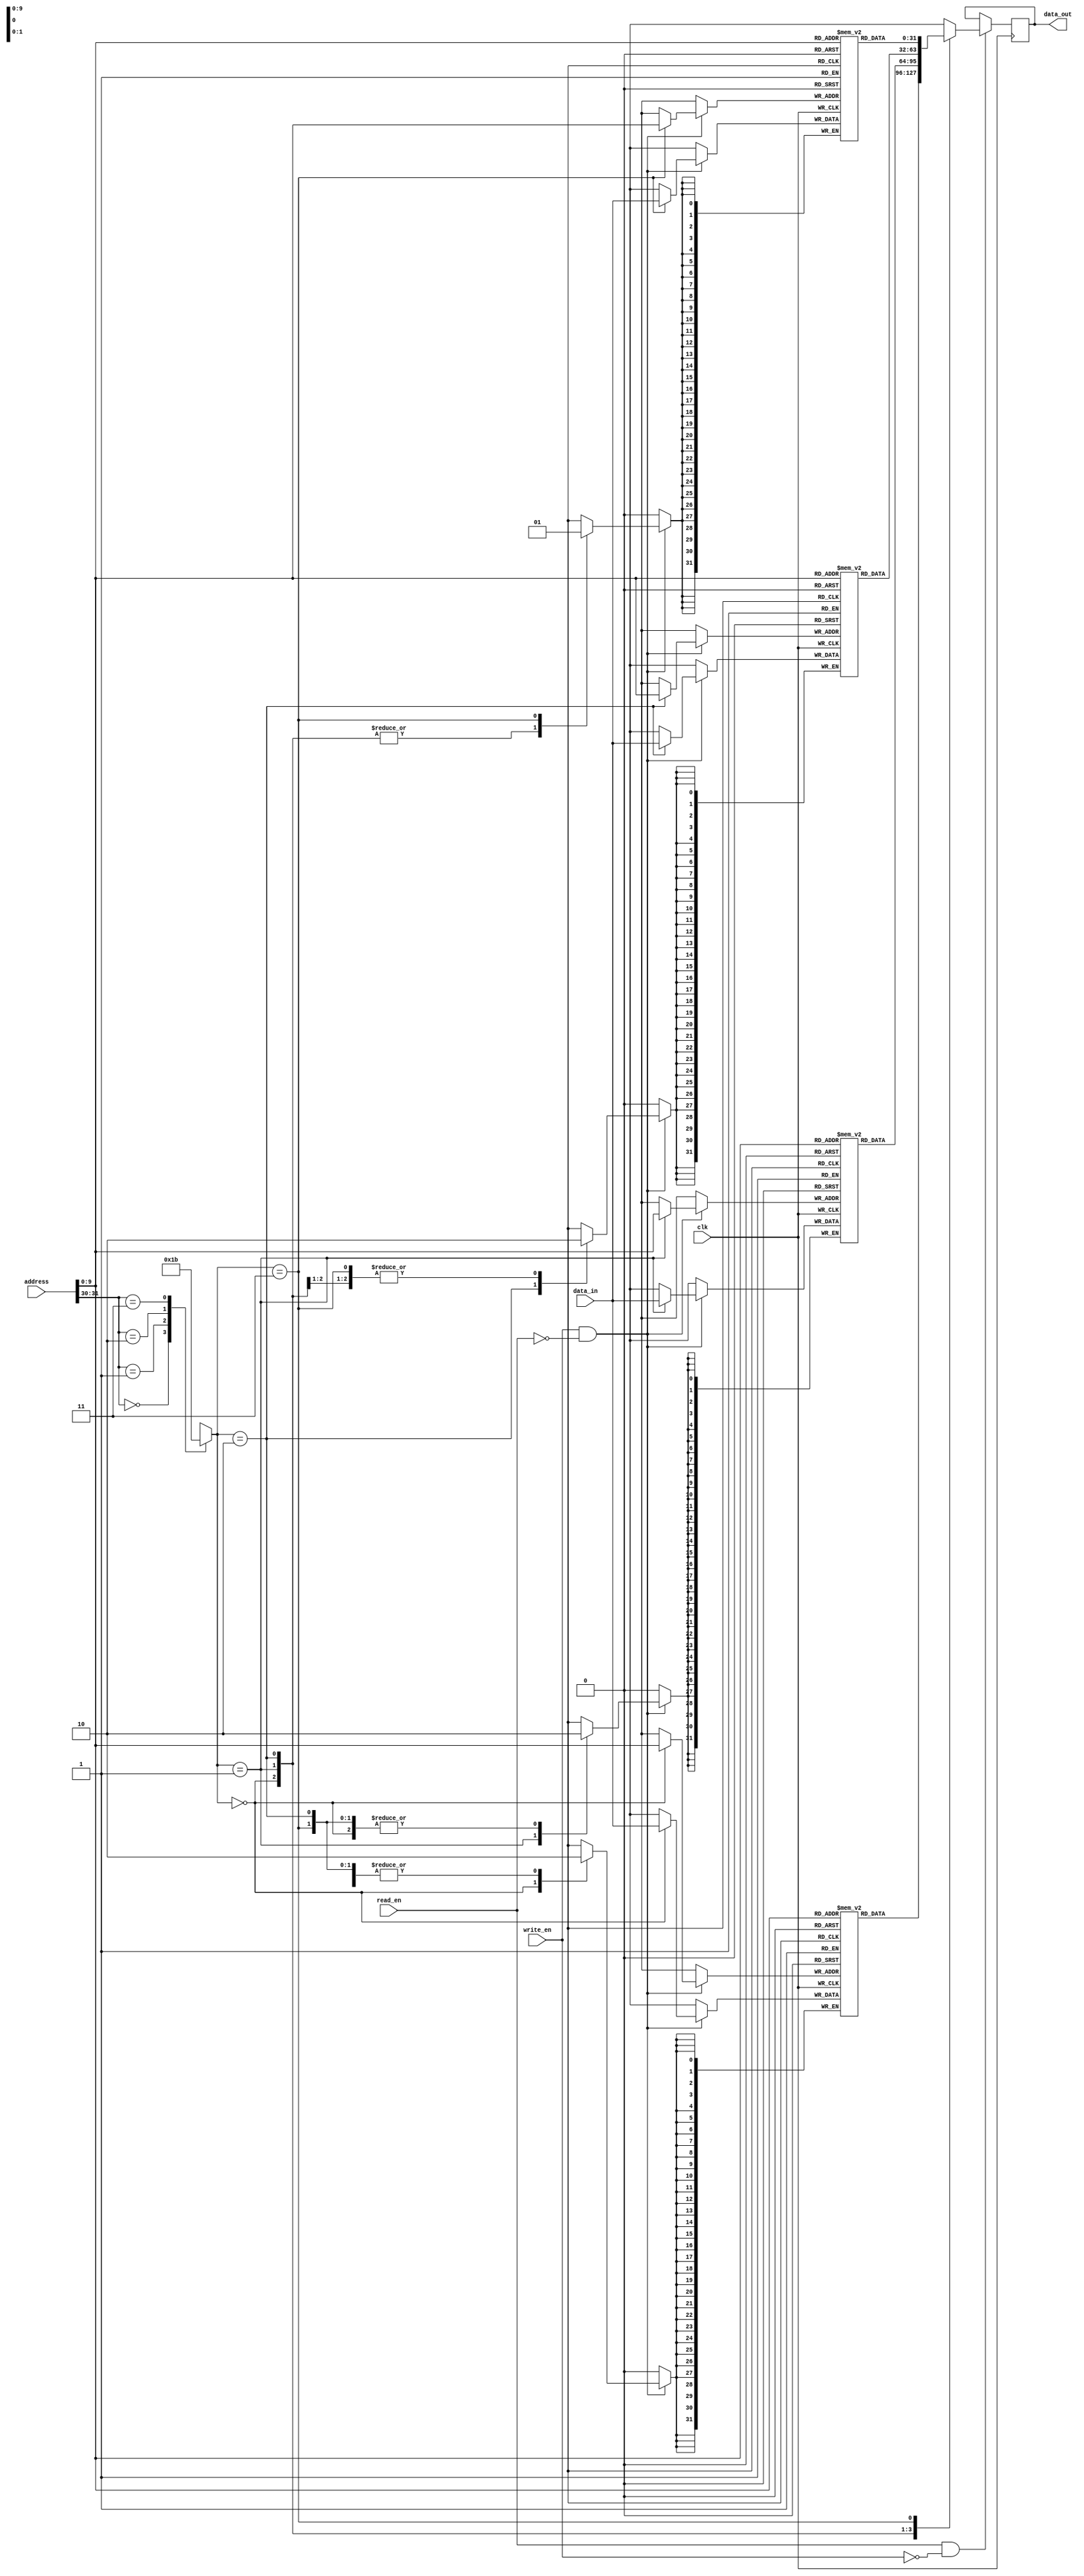
module QDR_SRAM (
    input [31:0] data_in,
    output reg [31:0] data_out,
    input [31:0] address,
    input write_en,
    input read_en,
    input clk
);

// Parameter definitions
parameter MEM_BLOCK_SIZE = 1024; // Assuming each memory block is 1024 bits
parameter NUM_MEM_BLOCKS = 4; // Four memory blocks in total

// Internal registers
reg [31:0] mem_block_0 [MEM_BLOCK_SIZE-1:0];
reg [31:0] mem_block_1 [MEM_BLOCK_SIZE-1:0];
reg [31:0] mem_block_2 [MEM_BLOCK_SIZE-1:0];
reg [31:0] mem_block_3 [MEM_BLOCK_SIZE-1:0];

// Address decoding logic
reg [1:0] mem_block_select;

always @ (address)
begin
    case (address[31:30])
        2'b00: mem_block_select = 2'b00;
        2'b01: mem_block_select = 2'b01;
        2'b10: mem_block_select = 2'b10;
        2'b11: mem_block_select = 2'b11;
        default: mem_block_select = 2'b00; // Default to first memory block
    endcase
end

// Read and write operations
always @ (posedge clk)
begin
    if (read_en && !write_en)
    begin
        case (mem_block_select)
            2'b00: data_out <= mem_block_0[address[9:0]];
            2'b01: data_out <= mem_block_1[address[9:0]];
            2'b10: data_out <= mem_block_2[address[9:0]];
            2'b11: data_out <= mem_block_3[address[9:0]];
            default: data_out <= 0; // Default to 0 if address is invalid
        endcase
    end
    
    if (write_en && !read_en)
    begin
        case (mem_block_select)
            2'b00: mem_block_0[address[9:0]] <= data_in;
            2'b01: mem_block_1[address[9:0]] <= data_in;
            2'b10: mem_block_2[address[9:0]] <= data_in;
            2'b11: mem_block_3[address[9:0]] <= data_in;
            default: ; // Do nothing if address is invalid
        endcase
    end
end

endmodule